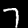
Label: 7